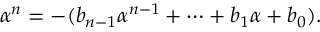
\alpha ^ { n } = - ( b _ { n - 1 } \alpha ^ { n - 1 } + \cdots + b _ { 1 } \alpha + b _ { 0 } ) .